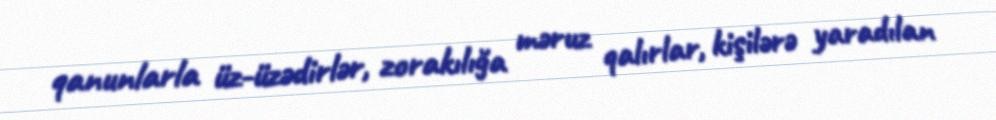
qanunlarla üz-üzədirlər, zorakılığa məruz qalırlar, kişilərə yaradılan